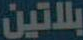
بلاتين